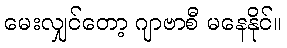
မေးလျှင်တော့ ဂျာဗာစီ မနေနိုင်။